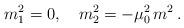
LaTeX: \begin{align*}m_1^2=0, \quad m_2^2=-\mu_0^2\,m^2\,{.}\end{align*}